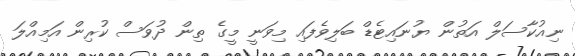
ނިއުކާސަލް އަތުން ޔުނައިޓެޑް ބަލިވެފައި މިވަނީ މީގެ ތިން ދުވަސް ކުރިން އަމިއްލަ